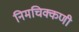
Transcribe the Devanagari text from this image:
निमचिक्कणी